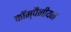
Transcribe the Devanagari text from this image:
कॉम्पैनीयन